画像に写った文字を読んでください
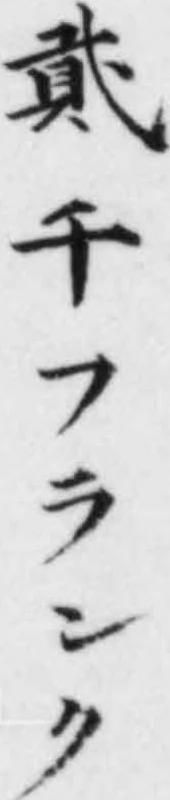
「貳千フランク」と書いてあります